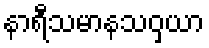
နာရီသမာနသဝှယာ